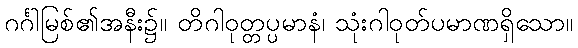
ဂင်္ဂါမြစ်၏အနီး၌။ တိဂါဝုတ္တပ္ပမာနံ၊ သုံးဂါဝုတ်ပမာဏရှိသော။